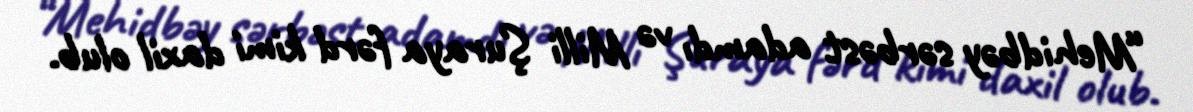
“Mehidbəy sərbəst adamdı və Milli Şuraya fərd kimi daxil olub.